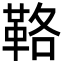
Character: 𩊚